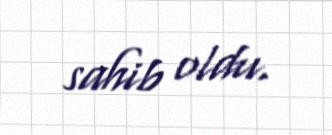
sahib oldu.